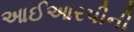
આઈઆરપીની